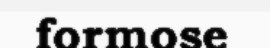
formose